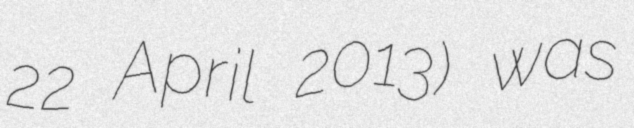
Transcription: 22 April 2013) was